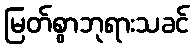
မြတ်စွာဘုရားသခင်